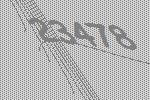
23478